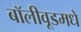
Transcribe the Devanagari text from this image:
बॉलीवूडमधे